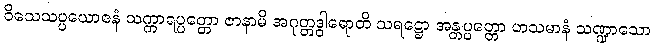
ဝိသေသပ္ပယောဇနံ သက္ကာရပ္ပတ္တော ဇာနာမိ အဂုတ္တဒွါရောတိ သရဋ္ဌော အန္တပ္ပတ္တော ဟသမာနံ သဏ္ဍာသော